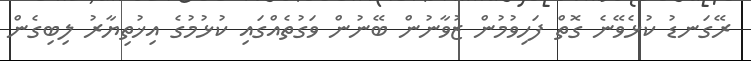
ރޭގަނޑު ކުޅެވޭނެ ގޮތް ފަހިވުމުން ޒުވާނުން ބޭނުން ވަގުތެއްގައި ކުޅުމުގެ އިޚުތިޔާރު ލިބިގެން